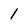
Character: 1